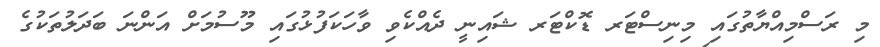
މި ރަސްމިއްޔާތުގައި މިނިސްޓަރ ޑޮކްޓަރ ޝައިނީ ދެއްކެވި ވާހަކަފުޅުގައި މޫސުމަށް އަންނަ ބަދަލުތަކުގެ